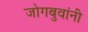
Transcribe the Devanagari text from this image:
जोगबुवांनी